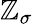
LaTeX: \mathbb{Z}_{\sigma}